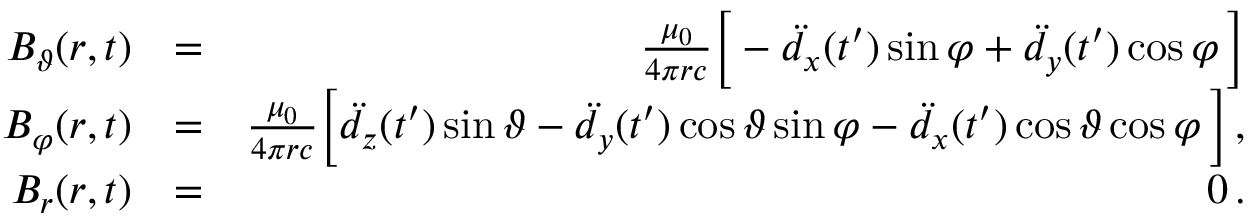
\begin{array} { r l r } { B _ { \vartheta } ( \boldsymbol { r } , t ) } & { = } & { \frac { \mu _ { 0 } } { 4 \pi r c } \Big [ - \ddot { d } _ { x } ( t ^ { \prime } ) \sin \varphi + \ddot { d } _ { y } ( t ^ { \prime } ) \cos \varphi \, \Big ] } \\ { B _ { \varphi } ( \boldsymbol { r } , t ) } & { = } & { \frac { \mu _ { 0 } } { 4 \pi r c } \Big [ \ddot { d } _ { z } ( t ^ { \prime } ) \sin \vartheta - \ddot { d } _ { y } ( t ^ { \prime } ) \cos \vartheta \sin \varphi - \ddot { d } _ { x } ( t ^ { \prime } ) \cos \vartheta \cos \varphi \, \Big ] \, , } \\ { B _ { r } ( \boldsymbol { r } , t ) } & { = } & { 0 \, . } \end{array}